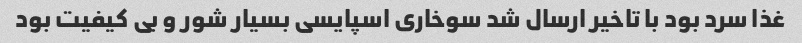
غذا سرد بود با تاخیر ارسال شد سوخاری اسپایسی بسیار شور و بی کیفیت بود